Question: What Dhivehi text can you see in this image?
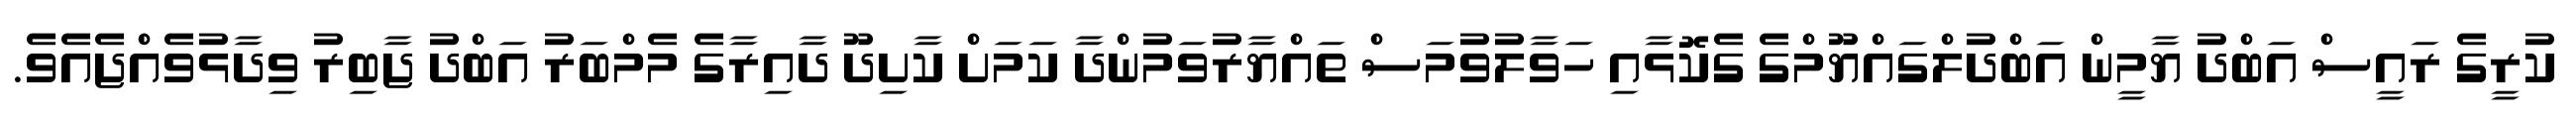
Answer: ކުރީގެ ރައީސް އަބްދު ޔާމީން އަބްދުލްގައްޔޫމްގެ ގެކޮޅާއި ހަވާލުވުމަސް ތައްޔާރުވަމުންދާ ކަމަށް ކާށިދޫ ދާއިރާގެ މެމްބަރު އަބްދު ޖާބިރު ވިދާޅުވެއްޖެއެވެ.